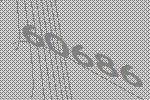
60686